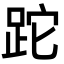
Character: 跎